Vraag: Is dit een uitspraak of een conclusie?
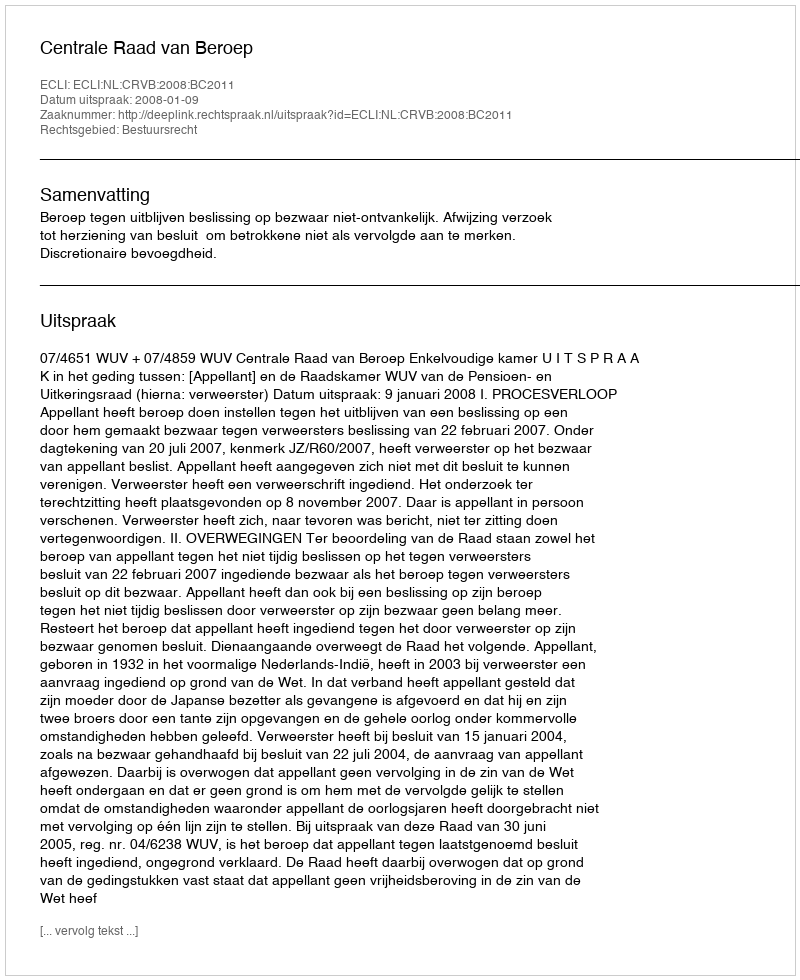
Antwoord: Uitspraak